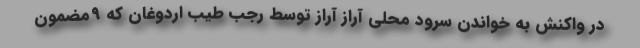
در واکنش به خواندن سرود محلی آراز آراز توسط رجب طیب اردوغان که ۹مضمون